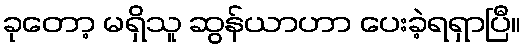
ခုတော့ မရှိသူ ဆွန်ယာဟာ ပေးခဲ့ရရှာပြီ။